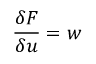
\frac { \delta F } { \delta u } = w